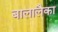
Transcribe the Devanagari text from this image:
बालालैका